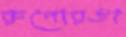
রুপোরঙা